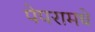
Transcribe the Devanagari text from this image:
पेपरामधे